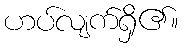
ဟပ်လျက်ရှိ၏။